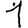
Digit: 1